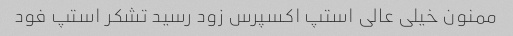
ممنون خیلی عالی استپ اکسپرس زود رسید تشکر استپ فود